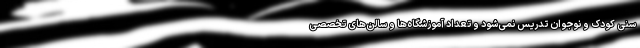
سنی کودک و نوجوان تدریس نمی‌شود و تعداد آموزشگاه‌ها و سالن‌های تخصصی